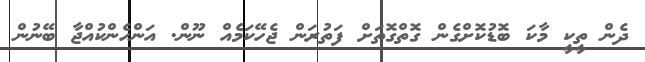
ދެން ތީކީ މާކަ ބޮޑުކޮށްގެން ގޮތްގޮތަށް ފަތުރަން ޖެހޭކަމެއް ނޫން. އަންހެންކުއްޖާ ބޭނުން